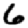
Digit: 6